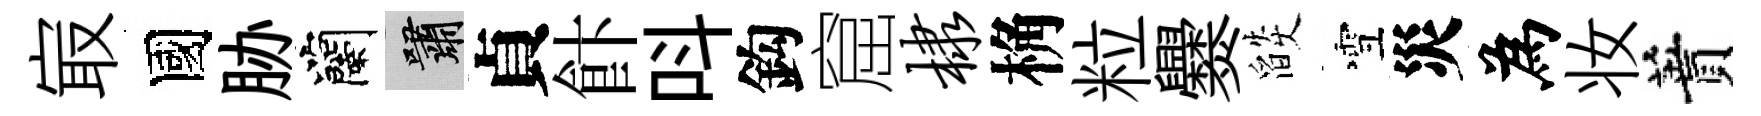
㝡國胁蘭嘯貞飰呌鈎窟棣桷粒爨燄雪災為妆蕡